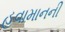
હવામાનની